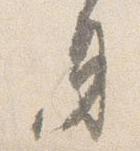
身